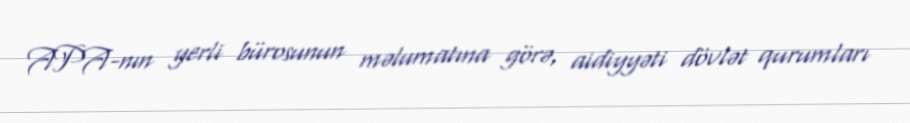
APA-nın yerli bürosunun məlumatına görə, aidiyyəti dövlət qurumları